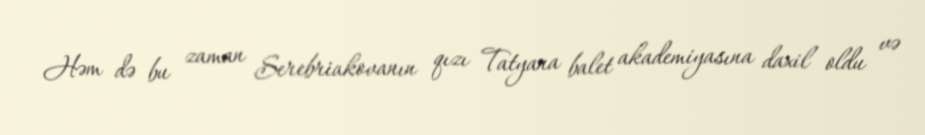
Həm də bu zaman Serebriakovanın qızı Tatyana balet akademiyasına daxil oldu və